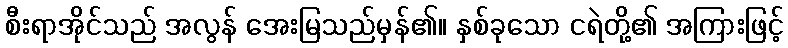
စီးရာအိုင်သည် အလွန် အေးမြသည်မှန်၏။ နှစ်ခုသော ငရဲတို့၏ အကြားဖြင့်